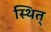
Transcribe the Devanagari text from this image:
स्थित्